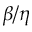
\beta / \eta